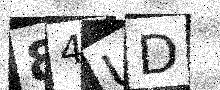
Text: 84UD